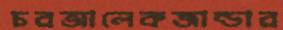
চরআলেকজান্ডার